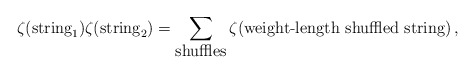
\begin{align*}\zeta(\mbox{string}_1)\zeta(\mbox{string}_2)=\sum_{\mbox{shuffles}}\zeta(\mbox{weight-length shuffled string})\,,\end{align*}